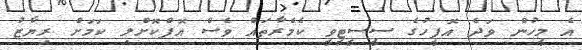
އެ މީހުން ވަދެ އޮފީހުގެ ސީސީޓީވީ ކެމެރާތައް ވެސް އޮފްކޮށްލި ކަމަށް ރިޔާޒު